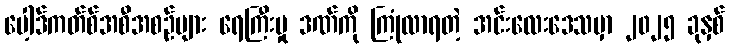
ပေါ့ဒ်ကတ်စ်အစီအစဉ်များ ရေကြီးမှု ဒဏ်ကို ကြုံလာရတဲ့ အင်းလေးဒေသမှာ ၂၀၂၅ ခုနှစ်